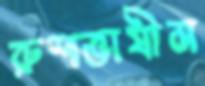
রুশভাষীম